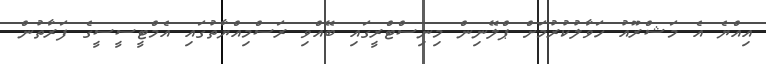
އިއްޔެ އެ މަޝްރޫއު ހަވާލުކުރުމަށް ޕްލޭނިން މިނިސްޓްރީގައި ބޭއްވި ރަސްމިއްޔާތުގައި އެމްޓީސީސީގެ ފަރާތުން